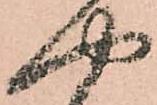
や